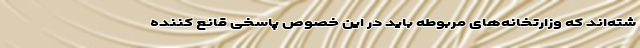
شته‌اند که وزارتخانه‌های مربوطه باید در این خصوص پاسخی قانع کننده